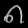
Digit: ၈